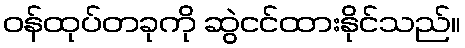
ဝန်ထုပ်တခုကို ဆွဲငင်ထားနိုင်သည်။